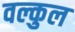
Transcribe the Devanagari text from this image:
वल्कुल